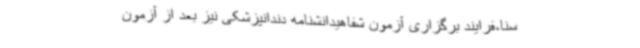
سنا،فرایند برگزاری آزمون شفاهیدانشنامه دندانپزشکی نیز بعد از آزمون